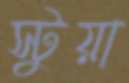
স্টুয়া